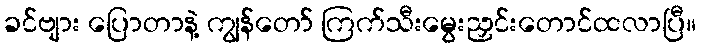
ခင်ဗျား ပြောတာနဲ့ ကျွန်တော် ကြက်သီးမွေးညှင်းတောင်ထလာပြီ။